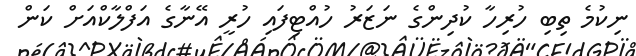
ނިކުމެ ތިބި ހުރިހާ ކުދިންގެ ނަޒަރު ހުއްޓިފައި ހުރީ އޭނާގެ އަފްލާކްއަށް ކަން